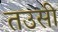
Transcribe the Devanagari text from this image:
तउसी